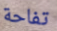
تفاحة